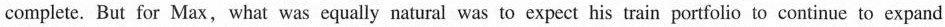
complete. But for Max, what was equally natural was to expect his train portfolio to continue to expand